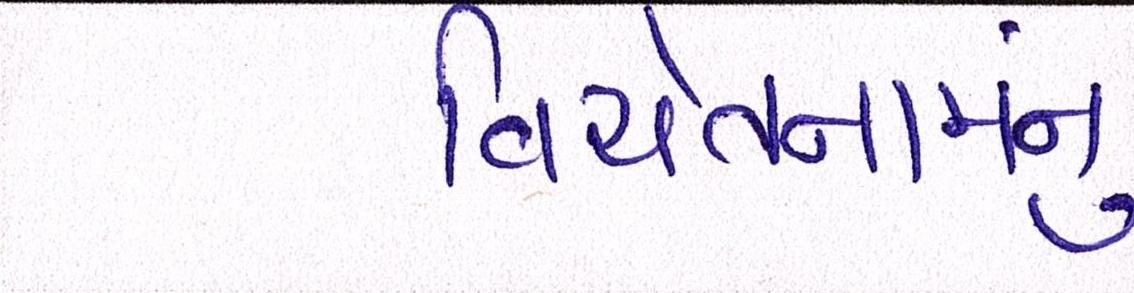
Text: વિયેતનામનું